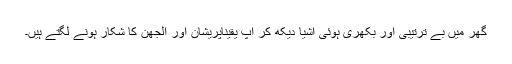
گھر میں بے ترتیبی اور بکھری ہوئی اشیا دیکھ کر آپ یقیناًپریشان اور الجھن کا شکار ہونے لگتے ہیں۔